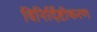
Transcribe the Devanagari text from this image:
विनिर्दिष्टीकरण